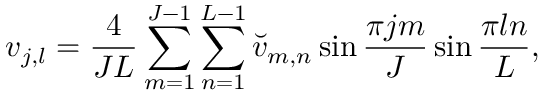
v _ { j , l } = \frac { 4 } { J L } \sum _ { m = 1 } ^ { J - 1 } \sum _ { n = 1 } ^ { L - 1 } { \breve { v } } _ { m , n } \sin \frac { \pi j m } { J } \sin \frac { \pi l n } { L } ,